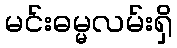
မင်းဓမ္မလမ်းရှိ